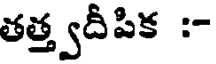
తత్త్వదీపిక :-